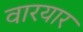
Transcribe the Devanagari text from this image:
वारयार